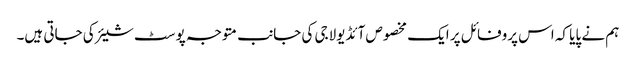
ہم نے پایا کہ اس پروفائل پر ایک مخصوص آئڈیولاجی کی جانب متوجہ پوسٹ شیئر کی جاتی ہیں۔